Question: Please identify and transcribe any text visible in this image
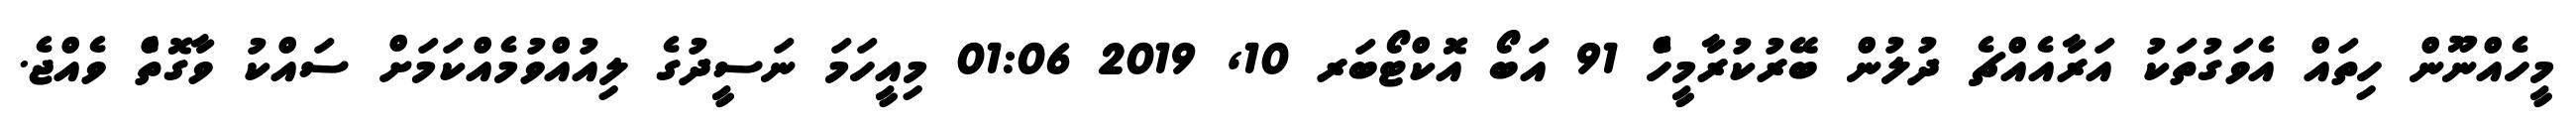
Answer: މީހެއްނޫން ހިތައް އެވަގުތަކު އަރާއެއްޗެ ދުލުން ބޭރުކުރާމީހެް 91 އަބޯ އޮކްޓޯބަރ 10, 2019 01:06 މިއީހަމަ ނަސީދުގެ ލިއުއްވުމެއްކަމަށް ސައްކު ވާގޮތެް ވެއްޖެ.